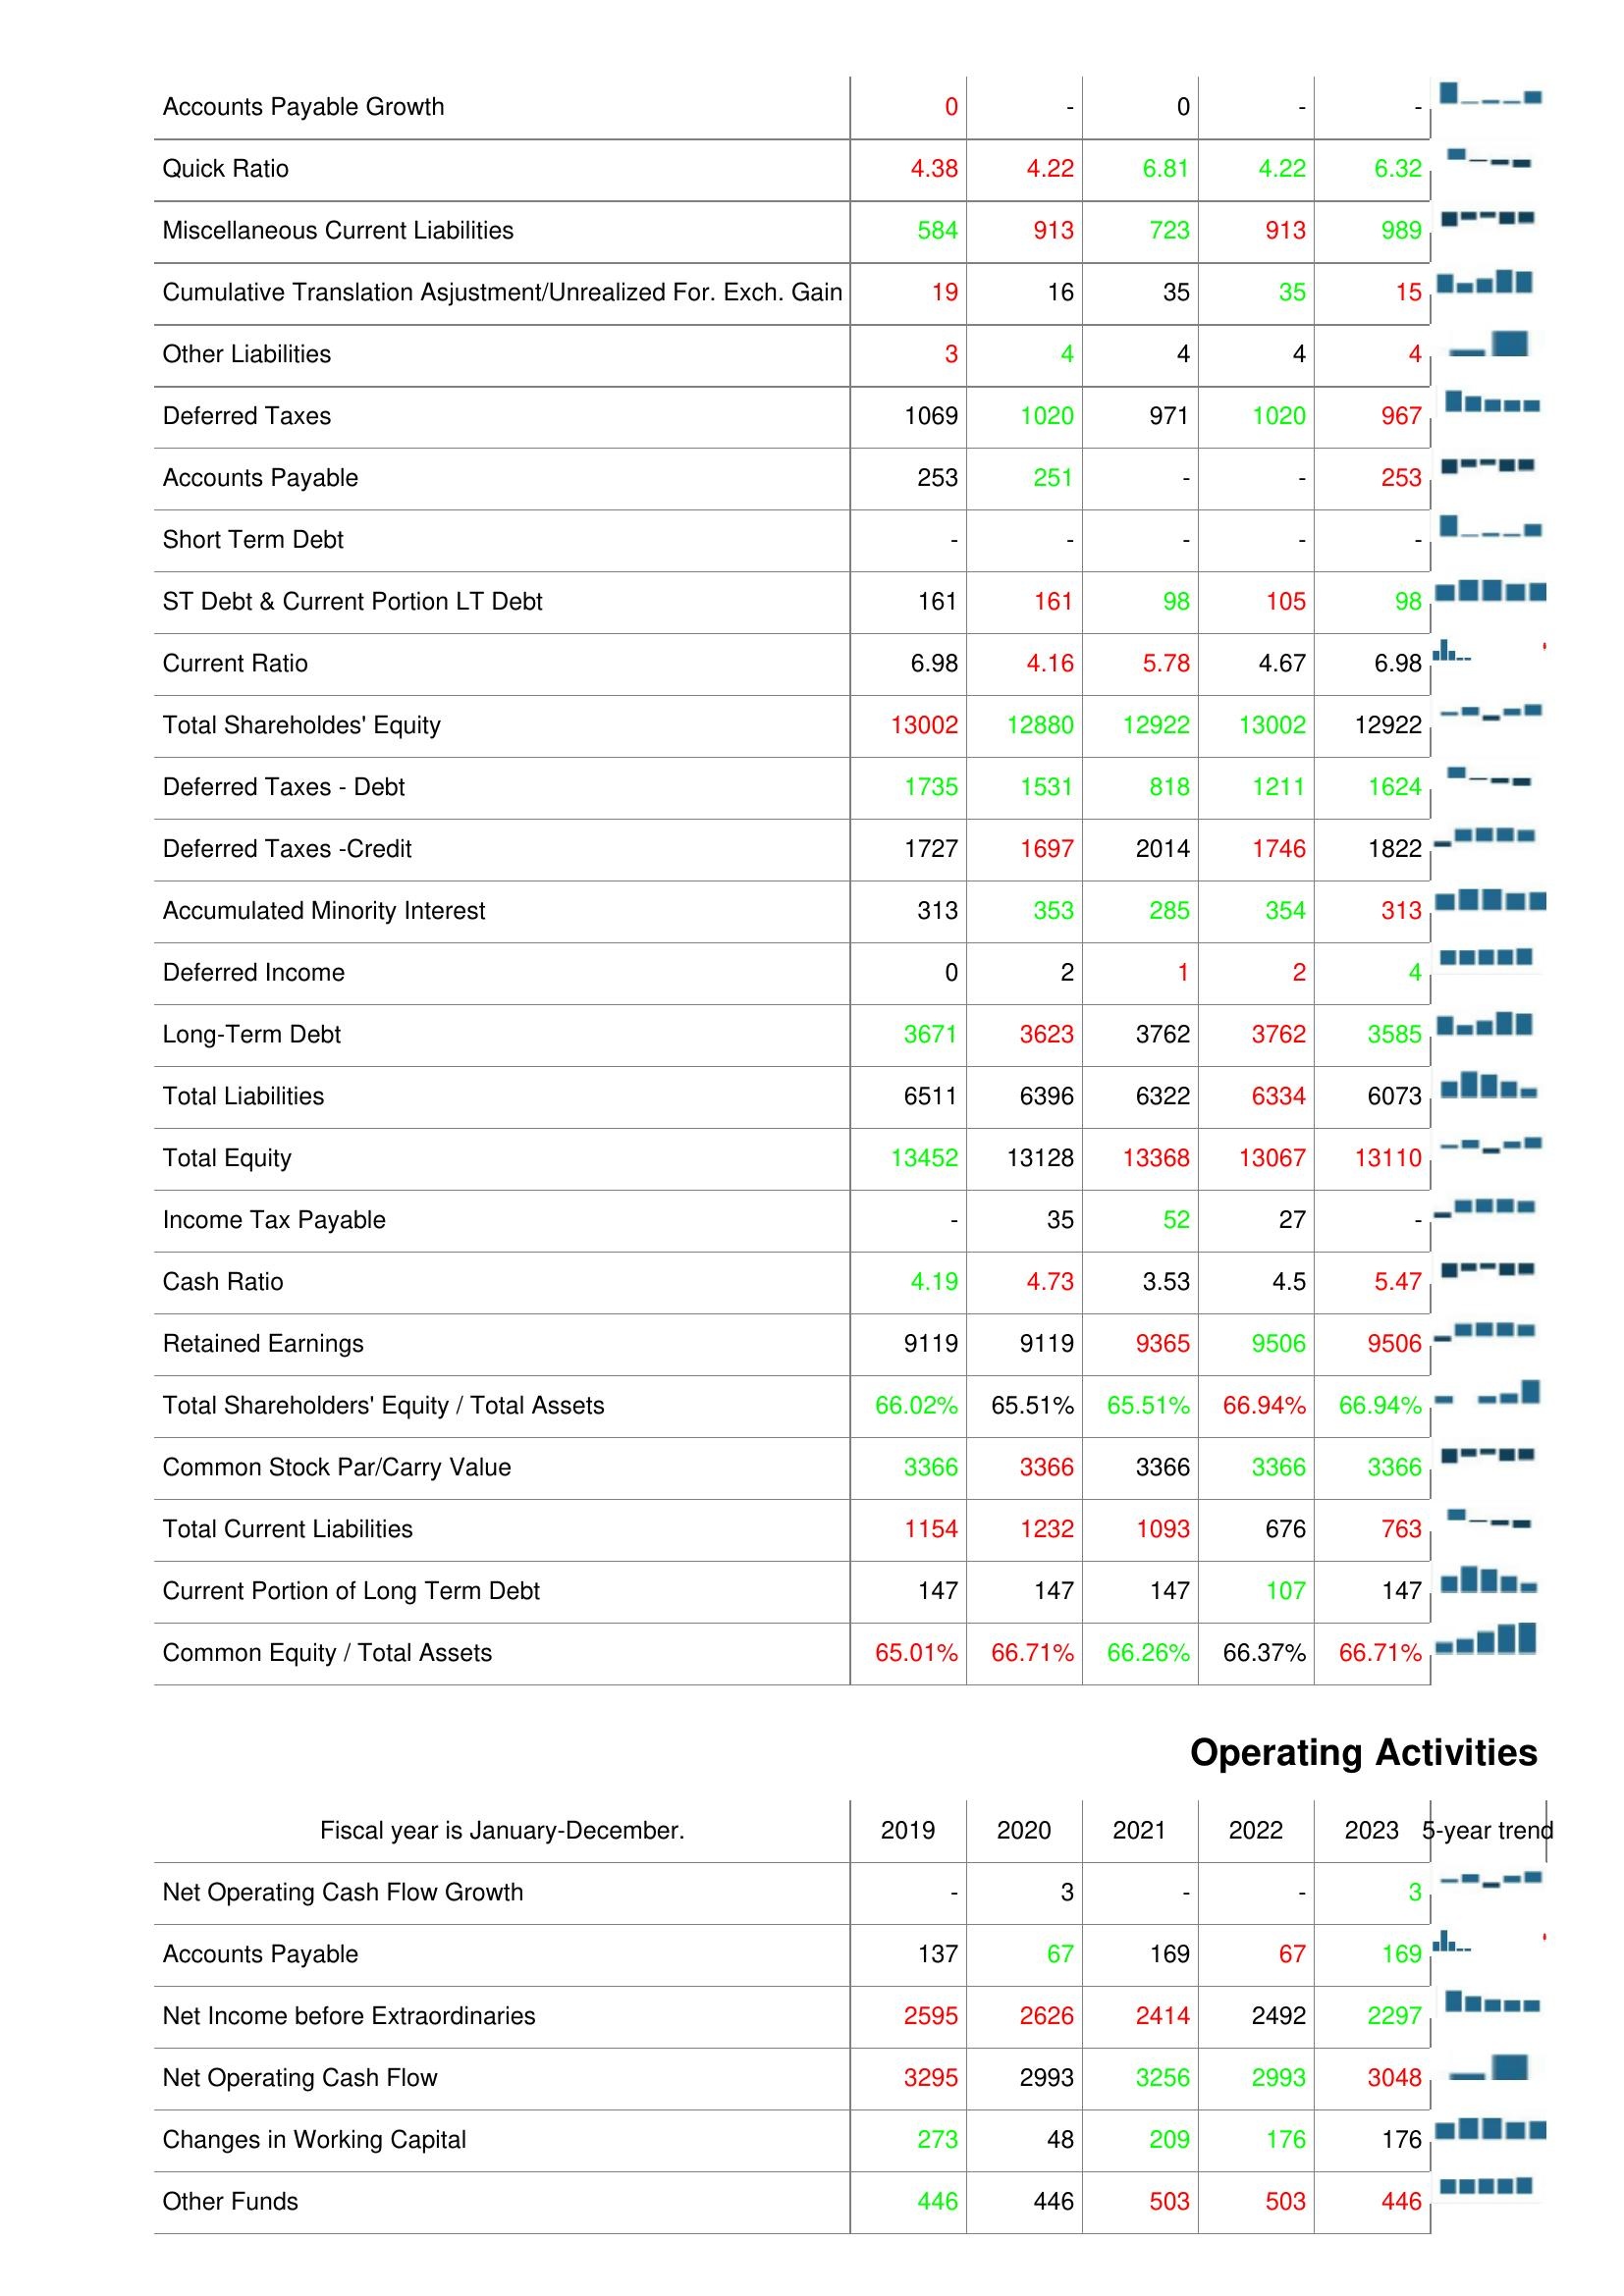
2019: Liabilities & Shareholder's Equity: Accounts Payable Growth: 0
Quick Ratio: 4.38
Miscellaneous Current Liabilities: 584
Cumulative Translation Asjustment/Unrealized For. Exch. Gain: 19
Other Liabilities: 3
Deferred Taxes: 1069
Accounts Payable: 253
Short Term Debt: -
ST Debt & Current Portion LT Debt: 161
Current Ratio: 6.98
Total Shareholdes' Equity: 13002
Deferred Taxes - Debt: 1735
Deferred Taxes -Credit: 1727
Accumulated Minority Interest: 313
Deferred Income: 0
Long-Term Debt: 3671
Total Liabilities: 6511
Total Equity: 13452
Income Tax Payable: -
Cash Ratio: 4.19
Retained Earnings: 9119
Total Shareholders' Equity / Total Assets: 66.02%
Common Stock Par/Carry Value: 3366
Total Current Liabilities: 1154
Current Portion of Long Term Debt: 147
Common Equity / Total Assets: 65.01%
Operating Activities: Net Operating Cash Flow Growth: -
Accounts Payable: 137
Net Income before Extraordinaries: 2595
Net Operating Cash Flow: 3295
Changes in Working Capital: 273
Other Funds: 446
2020: Liabilities & Shareholder's Equity: Accounts Payable Growth: -
Quick Ratio: 4.22
Miscellaneous Current Liabilities: 913
Cumulative Translation Asjustment/Unrealized For. Exch. Gain: 16
Other Liabilities: 4
Deferred Taxes: 1020
Accounts Payable: 251
Short Term Debt: -
ST Debt & Current Portion LT Debt: 161
Current Ratio: 4.16
Total Shareholdes' Equity: 12880
Deferred Taxes - Debt: 1531
Deferred Taxes -Credit: 1697
Accumulated Minority Interest: 353
Deferred Income: 2
Long-Term Debt: 3623
Total Liabilities: 6396
Total Equity: 13128
Income Tax Payable: 35
Cash Ratio: 4.73
Retained Earnings: 9119
Total Shareholders' Equity / Total Assets: 65.51%
Common Stock Par/Carry Value: 3366
Total Current Liabilities: 1232
Current Portion of Long Term Debt: 147
Common Equity / Total Assets: 66.71%
Operating Activities: Net Operating Cash Flow Growth: 3
Accounts Payable: 67
Net Income before Extraordinaries: 2626
Net Operating Cash Flow: 2993
Changes in Working Capital: 48
Other Funds: 446
2021: Liabilities & Shareholder's Equity: Accounts Payable Growth: 0
Quick Ratio: 6.81
Miscellaneous Current Liabilities: 723
Cumulative Translation Asjustment/Unrealized For. Exch. Gain: 35
Other Liabilities: 4
Deferred Taxes: 971
Accounts Payable: -
Short Term Debt: -
ST Debt & Current Portion LT Debt: 98
Current Ratio: 5.78
Total Shareholdes' Equity: 12922
Deferred Taxes - Debt: 818
Deferred Taxes -Credit: 2014
Accumulated Minority Interest: 285
Deferred Income: 1
Long-Term Debt: 3762
Total Liabilities: 6322
Total Equity: 13368
Income Tax Payable: 52
Cash Ratio: 3.53
Retained Earnings: 9365
Total Shareholders' Equity / Total Assets: 65.51%
Common Stock Par/Carry Value: 3366
Total Current Liabilities: 1093
Current Portion of Long Term Debt: 147
Common Equity / Total Assets: 66.26%
Operating Activities: Net Operating Cash Flow Growth: -
Accounts Payable: 169
Net Income before Extraordinaries: 2414
Net Operating Cash Flow: 3256
Changes in Working Capital: 209
Other Funds: 503
2022: Liabilities & Shareholder's Equity: Accounts Payable Growth: -
Quick Ratio: 4.22
Miscellaneous Current Liabilities: 913
Cumulative Translation Asjustment/Unrealized For. Exch. Gain: 35
Other Liabilities: 4
Deferred Taxes: 1020
Accounts Payable: -
Short Term Debt: -
ST Debt & Current Portion LT Debt: 105
Current Ratio: 4.67
Total Shareholdes' Equity: 13002
Deferred Taxes - Debt: 1211
Deferred Taxes -Credit: 1746
Accumulated Minority Interest: 354
Deferred Income: 2
Long-Term Debt: 3762
Total Liabilities: 6334
Total Equity: 13067
Income Tax Payable: 27
Cash Ratio: 4.5
Retained Earnings: 9506
Total Shareholders' Equity / Total Assets: 66.94%
Common Stock Par/Carry Value: 3366
Total Current Liabilities: 676
Current Portion of Long Term Debt: 107
Common Equity / Total Assets: 66.37%
Operating Activities: Net Operating Cash Flow Growth: -
Accounts Payable: 67
Net Income before Extraordinaries: 2492
Net Operating Cash Flow: 2993
Changes in Working Capital: 176
Other Funds: 503
2023: Liabilities & Shareholder's Equity: Accounts Payable Growth: -
Quick Ratio: 6.32
Miscellaneous Current Liabilities: 989
Cumulative Translation Asjustment/Unrealized For. Exch. Gain: 15
Other Liabilities: 4
Deferred Taxes: 967
Accounts Payable: 253
Short Term Debt: -
ST Debt & Current Portion LT Debt: 98
Current Ratio: 6.98
Total Shareholdes' Equity: 12922
Deferred Taxes - Debt: 1624
Deferred Taxes -Credit: 1822
Accumulated Minority Interest: 313
Deferred Income: 4
Long-Term Debt: 3585
Total Liabilities: 6073
Total Equity: 13110
Income Tax Payable: -
Cash Ratio: 5.47
Retained Earnings: 9506
Total Shareholders' Equity / Total Assets: 66.94%
Common Stock Par/Carry Value: 3366
Total Current Liabilities: 763
Current Portion of Long Term Debt: 147
Common Equity / Total Assets: 66.71%
Operating Activities: Net Operating Cash Flow Growth: 3
Accounts Payable: 169
Net Income before Extraordinaries: 2297
Net Operating Cash Flow: 3048
Changes in Working Capital: 176
Other Funds: 446